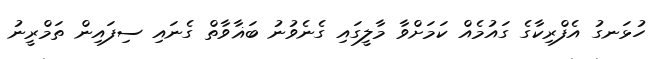
ހުޅަނގު އެފްރިކާގެ ގައުމެއް ކަމަށްވާ މާލީގައި ގެނެވުނު ބަޣާވާތް ގެނައި ސިފައިން ތަމްރީނު